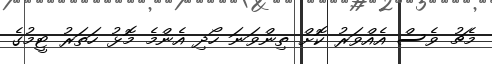
މެޗު ވެސް އެއްވަރު ކޮށް ތިންވަނަ ހޯދި އެންމެ މޮޅު ހަތަރު ޓީމުގެ